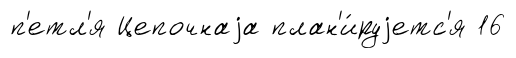
п'етл'я Цепочнаjа план'и́руjетс'я 16